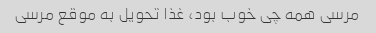
مرسی همه چی خوب بود، غذا تحویل به موقع مرسی